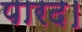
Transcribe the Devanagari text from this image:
पारद।